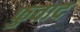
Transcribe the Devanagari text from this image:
फुवाद